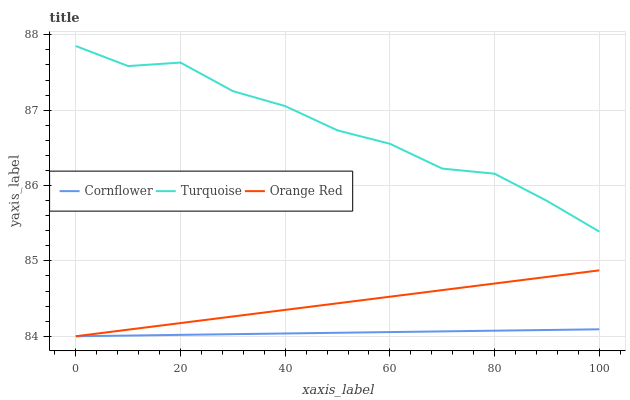
| xaxis_label | Cornflower | Turquoise | Orange Red |
 | --- | --- | --- | --- |
 | 0 | 84 | 87.9 | 84 |
 | 10 | 84 | 87.6 | 84.1 |
 | 20 | 84 | 87.6 | 84.2 |
 | 30 | 84 | 87.3 | 84.3 |
 | 40 | 84 | 87.1 | 84.3 |
 | 50 | 84 | 86.7 | 84.4 |
 | 60 | 84.1 | 86.6 | 84.5 |
 | 70 | 84.1 | 86.2 | 84.6 |
 | 80 | 84.1 | 86.2 | 84.7 |
 | 90 | 84.1 | 85.8 | 84.8 |
 | 100 | 84.1 | 85.4 | 84.9 |